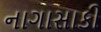
નાગાસાકી